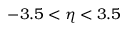
- 3 . 5 < \eta < 3 . 5